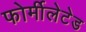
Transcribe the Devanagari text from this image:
फोर्मीलेटेड